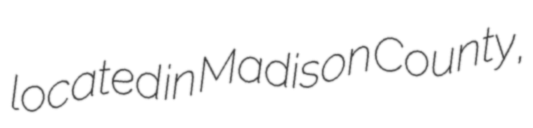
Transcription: located in Madison County,